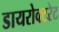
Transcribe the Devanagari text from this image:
डायरोक्टरेट